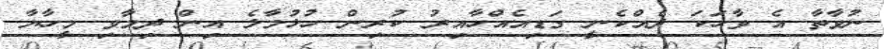
ނުވާތާ އެ ވާހަކަ ދެއްކެނީ ގަޑިއެއްހާއިރު ކުރިން ހުޅުމާލެ އިން ދިމާވި މީހާޔާ